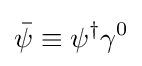
{\bar {\psi }}\equiv \psi ^{\dagger }\gamma ^{0}